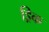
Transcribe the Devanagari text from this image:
ड्रिक